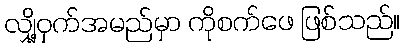
လျှို့ဝှက်အမည်မှာ ကိုစက်ဖေ ဖြစ်သည်။